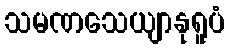
သမဏသေယျာနုရူပံ